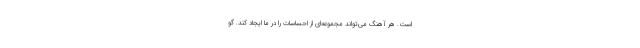
است. هر آهنگ می‌تواند مجموعه‌ای از احساسات را در ما ایجاد کند. گو